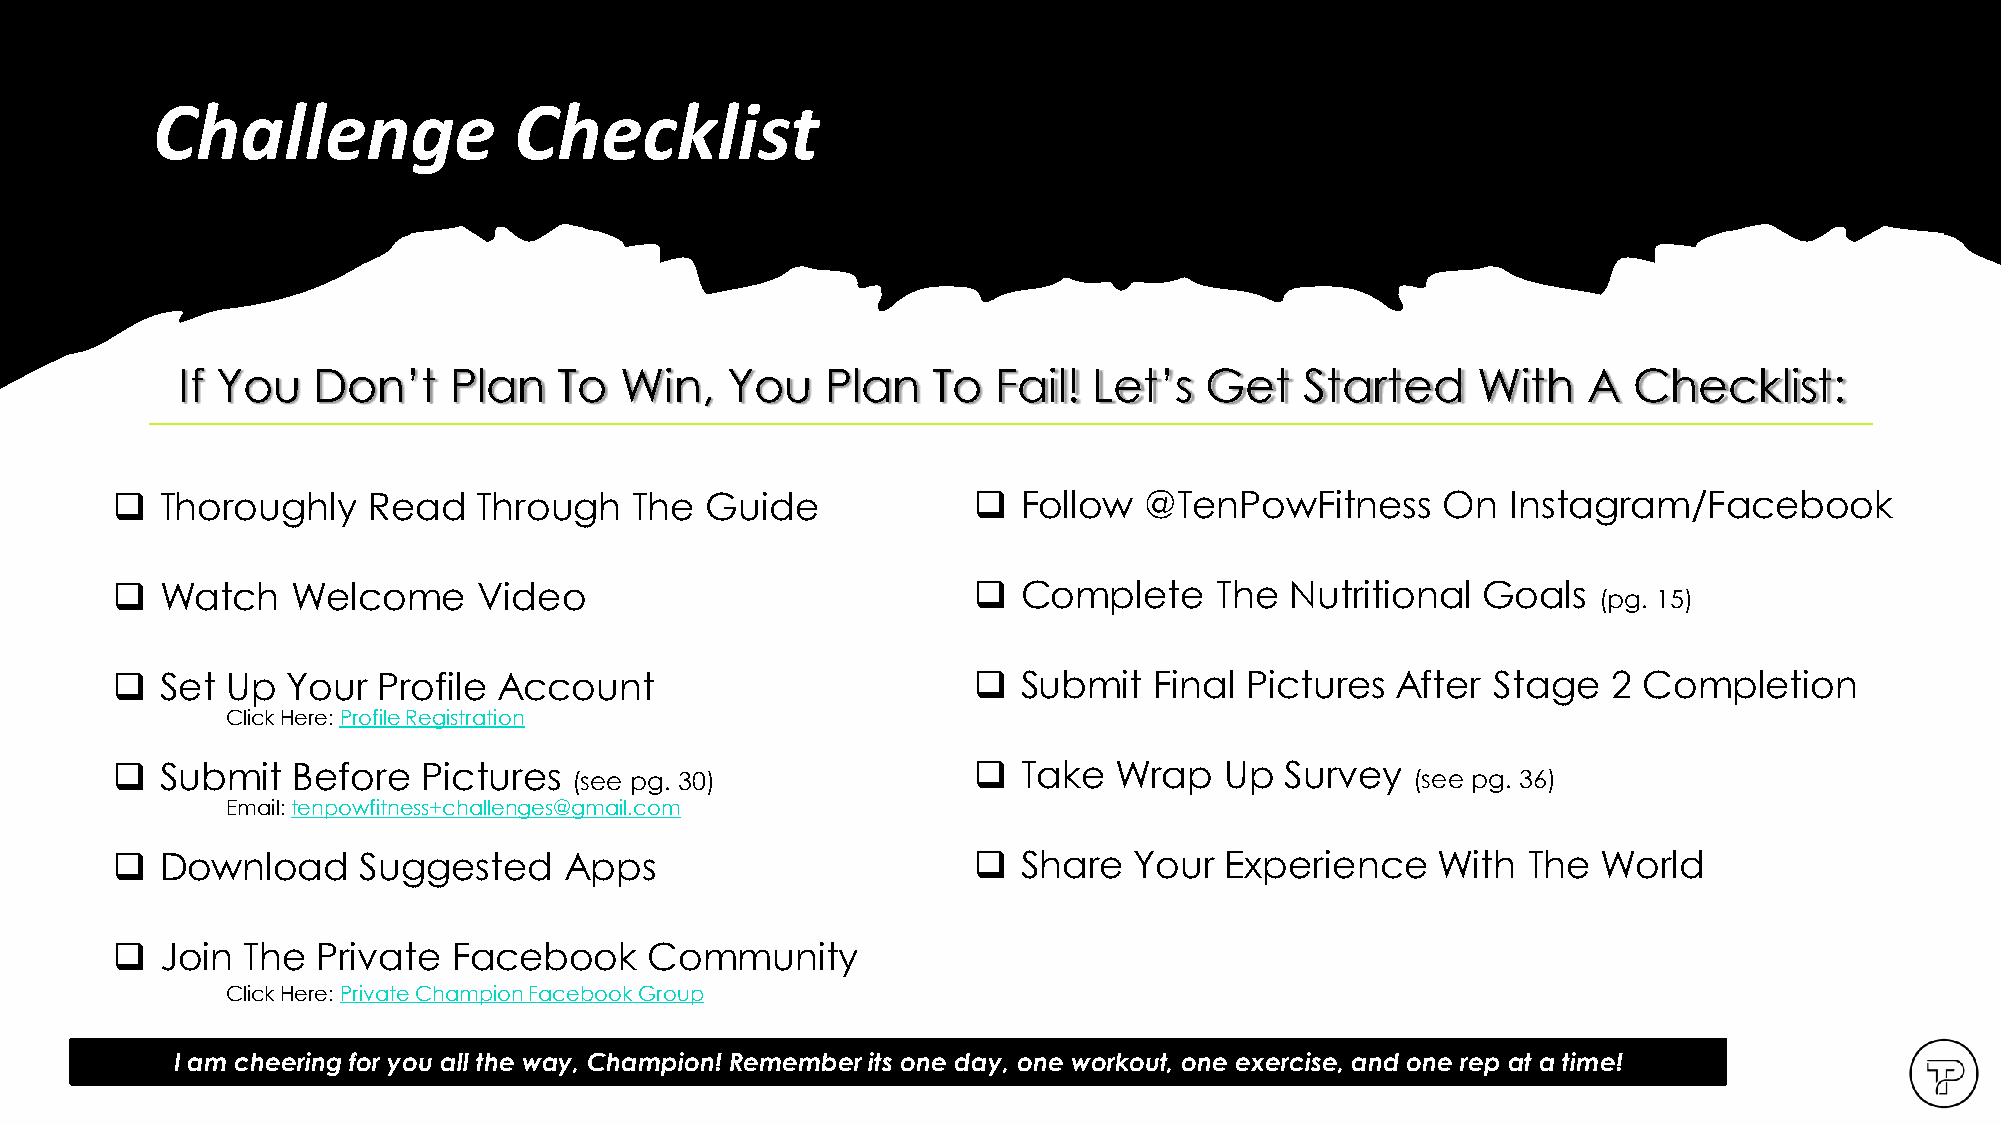
Copyright TenpowFitness Ltd. Co.
 Challenge               Checklist
 If You   Don’t    Plan   To  Win,   You    Plan   To  Fail! Let’s   Get   Started     With   A  Checklist:
 ❑   Thoroughly   Read    Through   The  Guide            ❑   Follow  @TenPowFitness      On  Instagram/Facebook
 ❑   Watch   Welcome      Video                           ❑   Complete    The  Nutritional  Goals
 (pg. 15)
 ❑   Set Up  Your  Profile Account                        ❑   Submit  Final Pictures  After  Stage   2 Completion
 Click Here: Profile Registration
 ❑   Submit  Before   Pictures                            ❑   Take  Wrap   Up  Survey
 (see pg. 30)                                            (see pg. 36)
 Email: tenpowfitness+challenges@gmail.com
 ❑   Download     Suggested    Apps                       ❑   Share  Your  Experience    With  The  World
 ❑   Join The  Private  Facebook     Community
 Click Here: Private Champion Facebook Group
 I am cheering for you all the way, Champion! Remember its one day, one workout, one exercise, and one rep at a time!